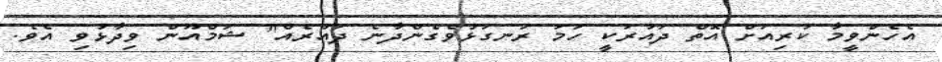
އެހެންވީމާ ކުރިއަށް އޮތް ދައުރަކީ ހަމަ ރަނގަޅުވެގެންދާނެ ދައުރެއް" ޝަމްއޫން ވިދާޅުވި އެވެ.